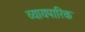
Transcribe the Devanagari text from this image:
व्यायपारिक